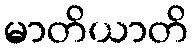
မာတိယာတိ